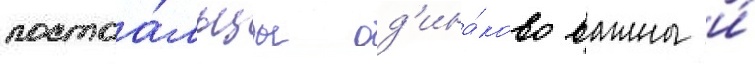
постоа́льцы од'ина́ково важны и́